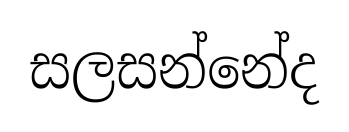
සලසන්නේද